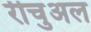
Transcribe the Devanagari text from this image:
रीचुअल